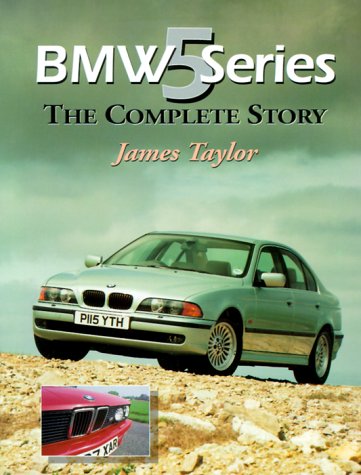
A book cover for BMW 5 Series (Crowood Autoclassic); James Taylor; Engineering & Transportation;